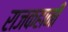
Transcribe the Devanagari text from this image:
राजकहानी